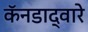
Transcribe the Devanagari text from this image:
कॅनडाद्वारे